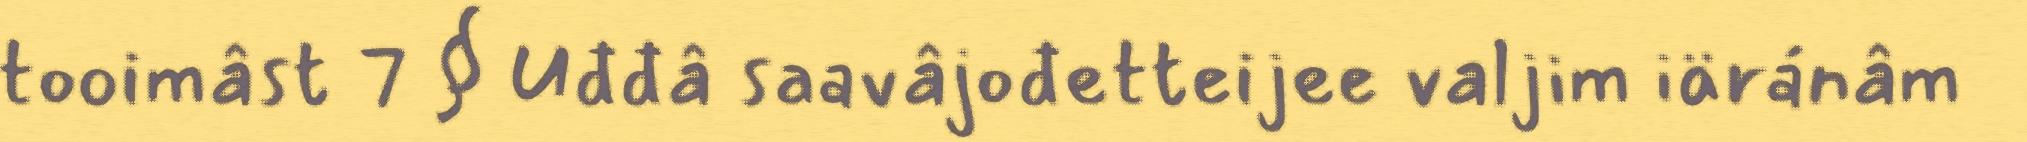
tooimâst 7 § Uđđâ saavâjođetteijee valjim iäránâm